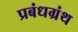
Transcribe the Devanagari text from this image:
प्रबंधग्रंथ